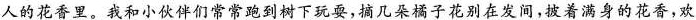
人的花香里。我和小伙伴们常常跑到树下玩耍，摘几朵橘子花别在发间，披着满身的花香，欢